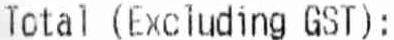
TOTAL (EXCLUDING GST):